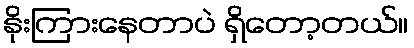
နိုးကြားနေတာပဲ ရှိတော့တယ်။